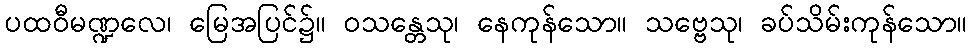
ပထဝီမဏ္ဍလေ၊ မြေအပြင်၌။ ဝသန္တေသု၊ နေကုန်သော။ သဗ္ဗေသု၊ ခပ်သိမ်းကုန်သော။